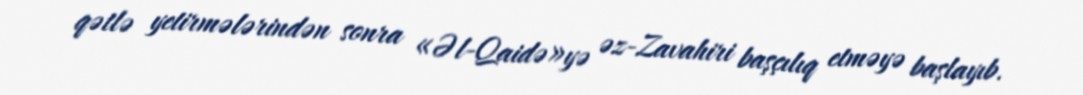
qətlə yetirmələrindən sonra «Əl-Qaidə»yə əz-Zavahiri başçılıq etməyə başlayıb.